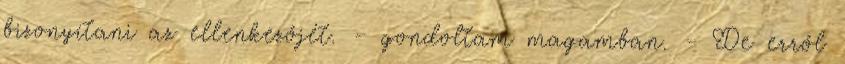
bizonyítani az ellenkezőjét. – gondoltam magamban. - De erről